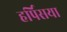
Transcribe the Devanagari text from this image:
हर्पिसया